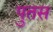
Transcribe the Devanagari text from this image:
पुतस